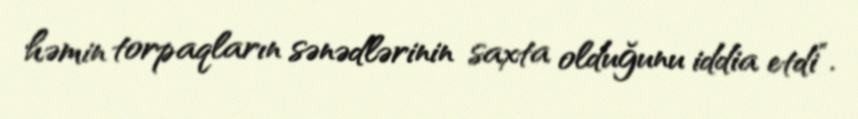
həmin torpaqların sənədlərinin saxta olduğunu iddia etdi”.